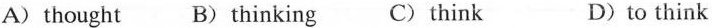
A)thought B)thinking C)think D)to think